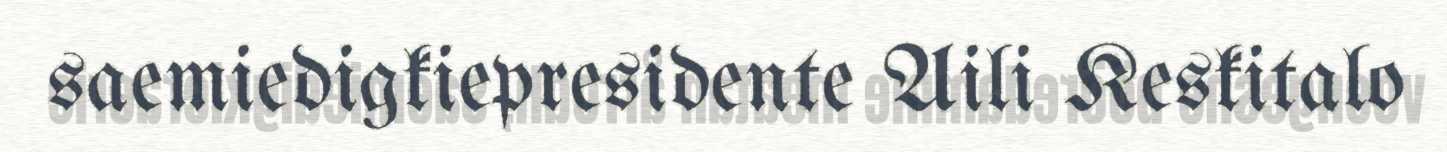
saemiedigkiepresidente Aili Keskitalo